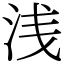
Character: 浅